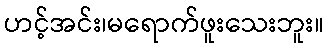
ဟင့်အင်း၊မရောက်ဖူးသေးဘူး။